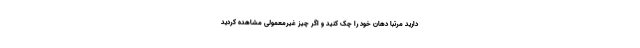
دارید مرتباً دهان خود را چک کنید و اگر چیز غیرمعمولی مشاهده کردید